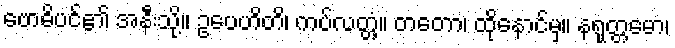
ဗောဓိပင်၏ အနီးသို့။ ဥပေဟိတိ၊ ကပ်လတ္တံ့။ တတော၊ ထိုနောင်မှ။ နရုတ္တမော၊